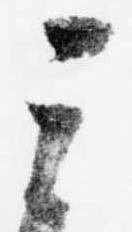
其